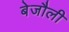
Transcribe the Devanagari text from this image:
बेजौली